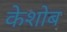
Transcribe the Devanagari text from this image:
केशोब